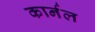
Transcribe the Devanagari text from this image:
कार्नल